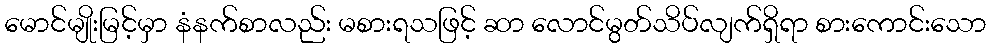
မောင်မျိုးမြင့်မှာ နံနက်စာလည်း မစားရသဖြင့် ဆာ လောင်မွတ်သိပ်လျက်ရှိရာ စားကောင်းသော